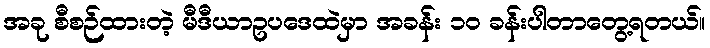
အခု စီစဉ်ထားတဲ့ မီဒီယာဥပဒေထဲမှာ အခန်း ၁၀ ခန်းပါတာတွေ့ရတယ်။